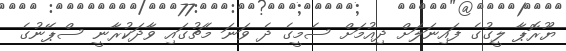
ޔޫރޮޕާ ލީގުގެ ފައިނަލަށް ދިއުމަށް ސެމީގެ ދެ ވަނަ މެޗުގައި ވާދަކުރާނީ ސްޕޭނުގެ